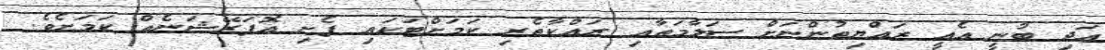
އަދި ބުނީ އެއީ ރައްޔިތުންނަށް ސަލާމަތާއި ރައްކާތެރި ކަމަށްޓަކައި ފެށި އޮޕަރޭޝަނެއް ކަމަށެވެ.